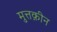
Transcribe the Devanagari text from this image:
मुत्तक़ीन